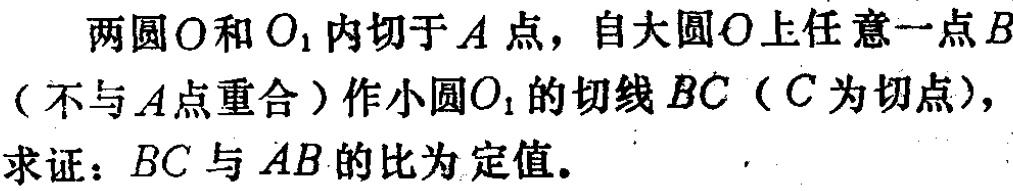
两圆\(O\)和\(O_{1}\)内切于\(A\)点，自大圆\(O\)上任意一点\(B\)（不与\(A\)点重合）作小圆\(O_{1}\)的切线\(BC\)（\(C\)为切点），
求证：\(BC\)与\(AB\)的比为定值。